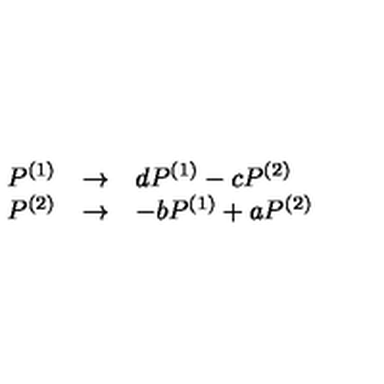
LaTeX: \begin{array} { r c l } { P ^ { ( 1 ) } } & { \rightarrow } & { d P ^ { ( 1 ) } - c P ^ { ( 2 ) } } \\ { P ^ { ( 2 ) } } & { \rightarrow } & { - b P ^ { ( 1 ) } + a P ^ { ( 2 ) } } \\ \end{array}